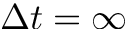
\Delta t = \infty